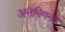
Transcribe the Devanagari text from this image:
अननिगनत